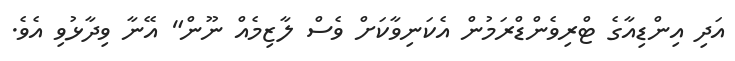
އަދި އިންޑިއާގެ ޓްރިވެންޑްރަމުން އެކަނިވާކަށް ވެސް ލާޒިމެއް ނޫން" އޭނާ ވިދާޅުވި އެވެ.